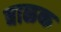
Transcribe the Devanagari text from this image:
बाळक